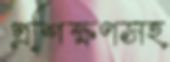
প্রশিক্ষণসহ